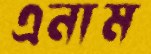
এনাম